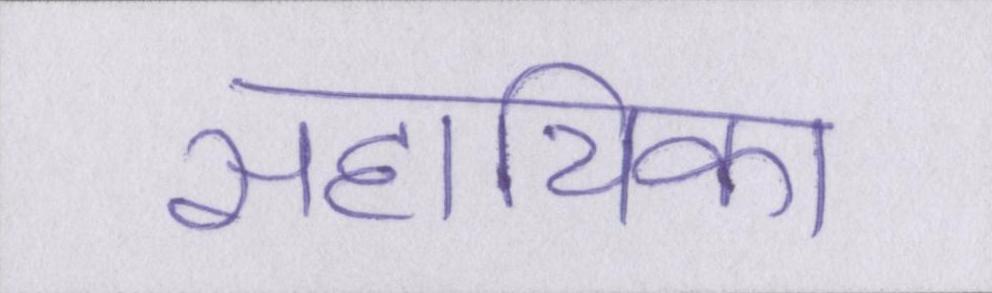
सहायिका